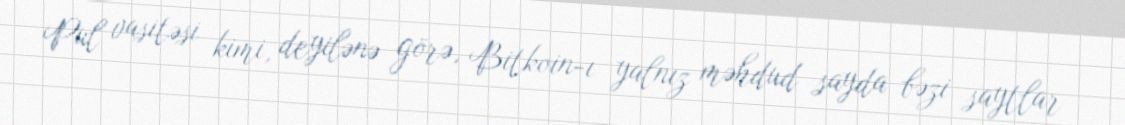
Pul vasitəsi kimi, deyilənə görə, Bitkoin-ı yalnız məhdud sayda bəzi saytlar